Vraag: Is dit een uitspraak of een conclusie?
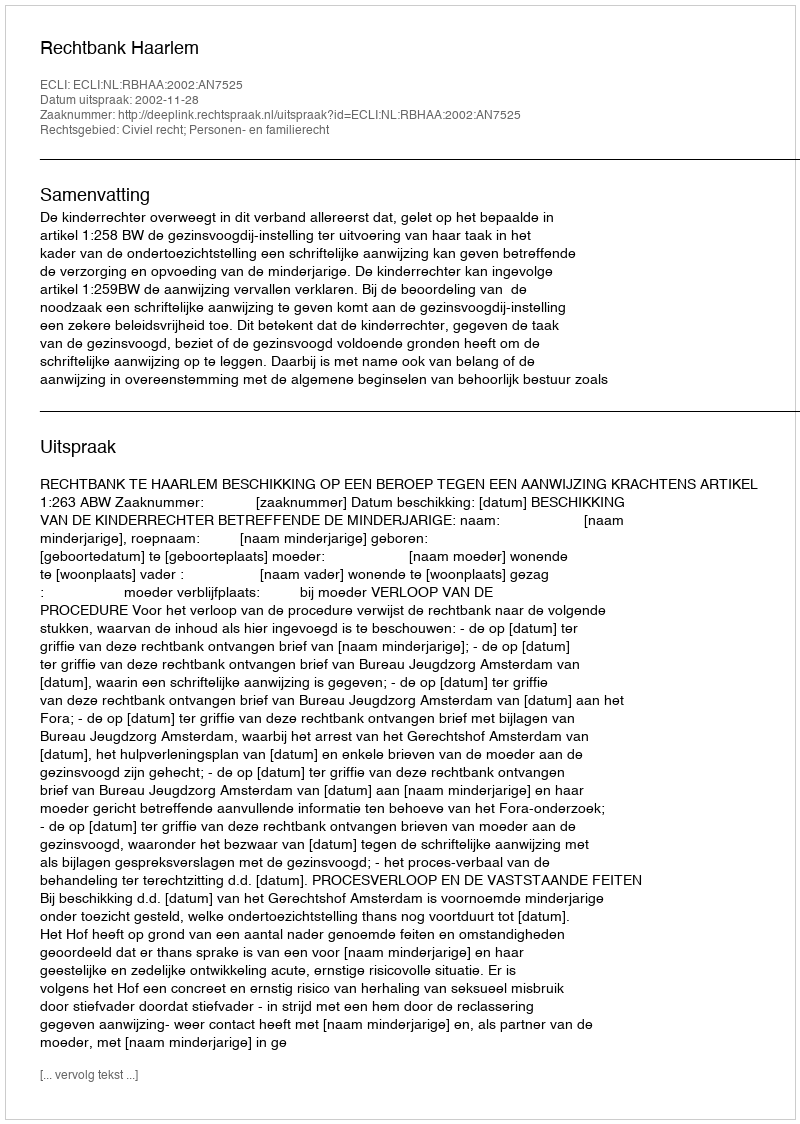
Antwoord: Uitspraak